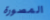
المصورة